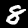
Digit: 8